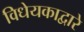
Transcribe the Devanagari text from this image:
विधेयकाद्वारे